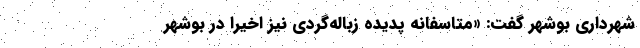
شهرداری بوشهر گفت: «متاسفانه پدیده زباله‌گردی نیز اخیراً در بوشهر